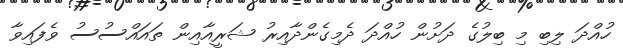
ހުއްދަ ލިބި މި ބިލުގެ ދަށުން ހުއްދަ ދެމިގެންދާއިރު ޝަރީއާއިން ތައައްސުސު ވެފައިވާ